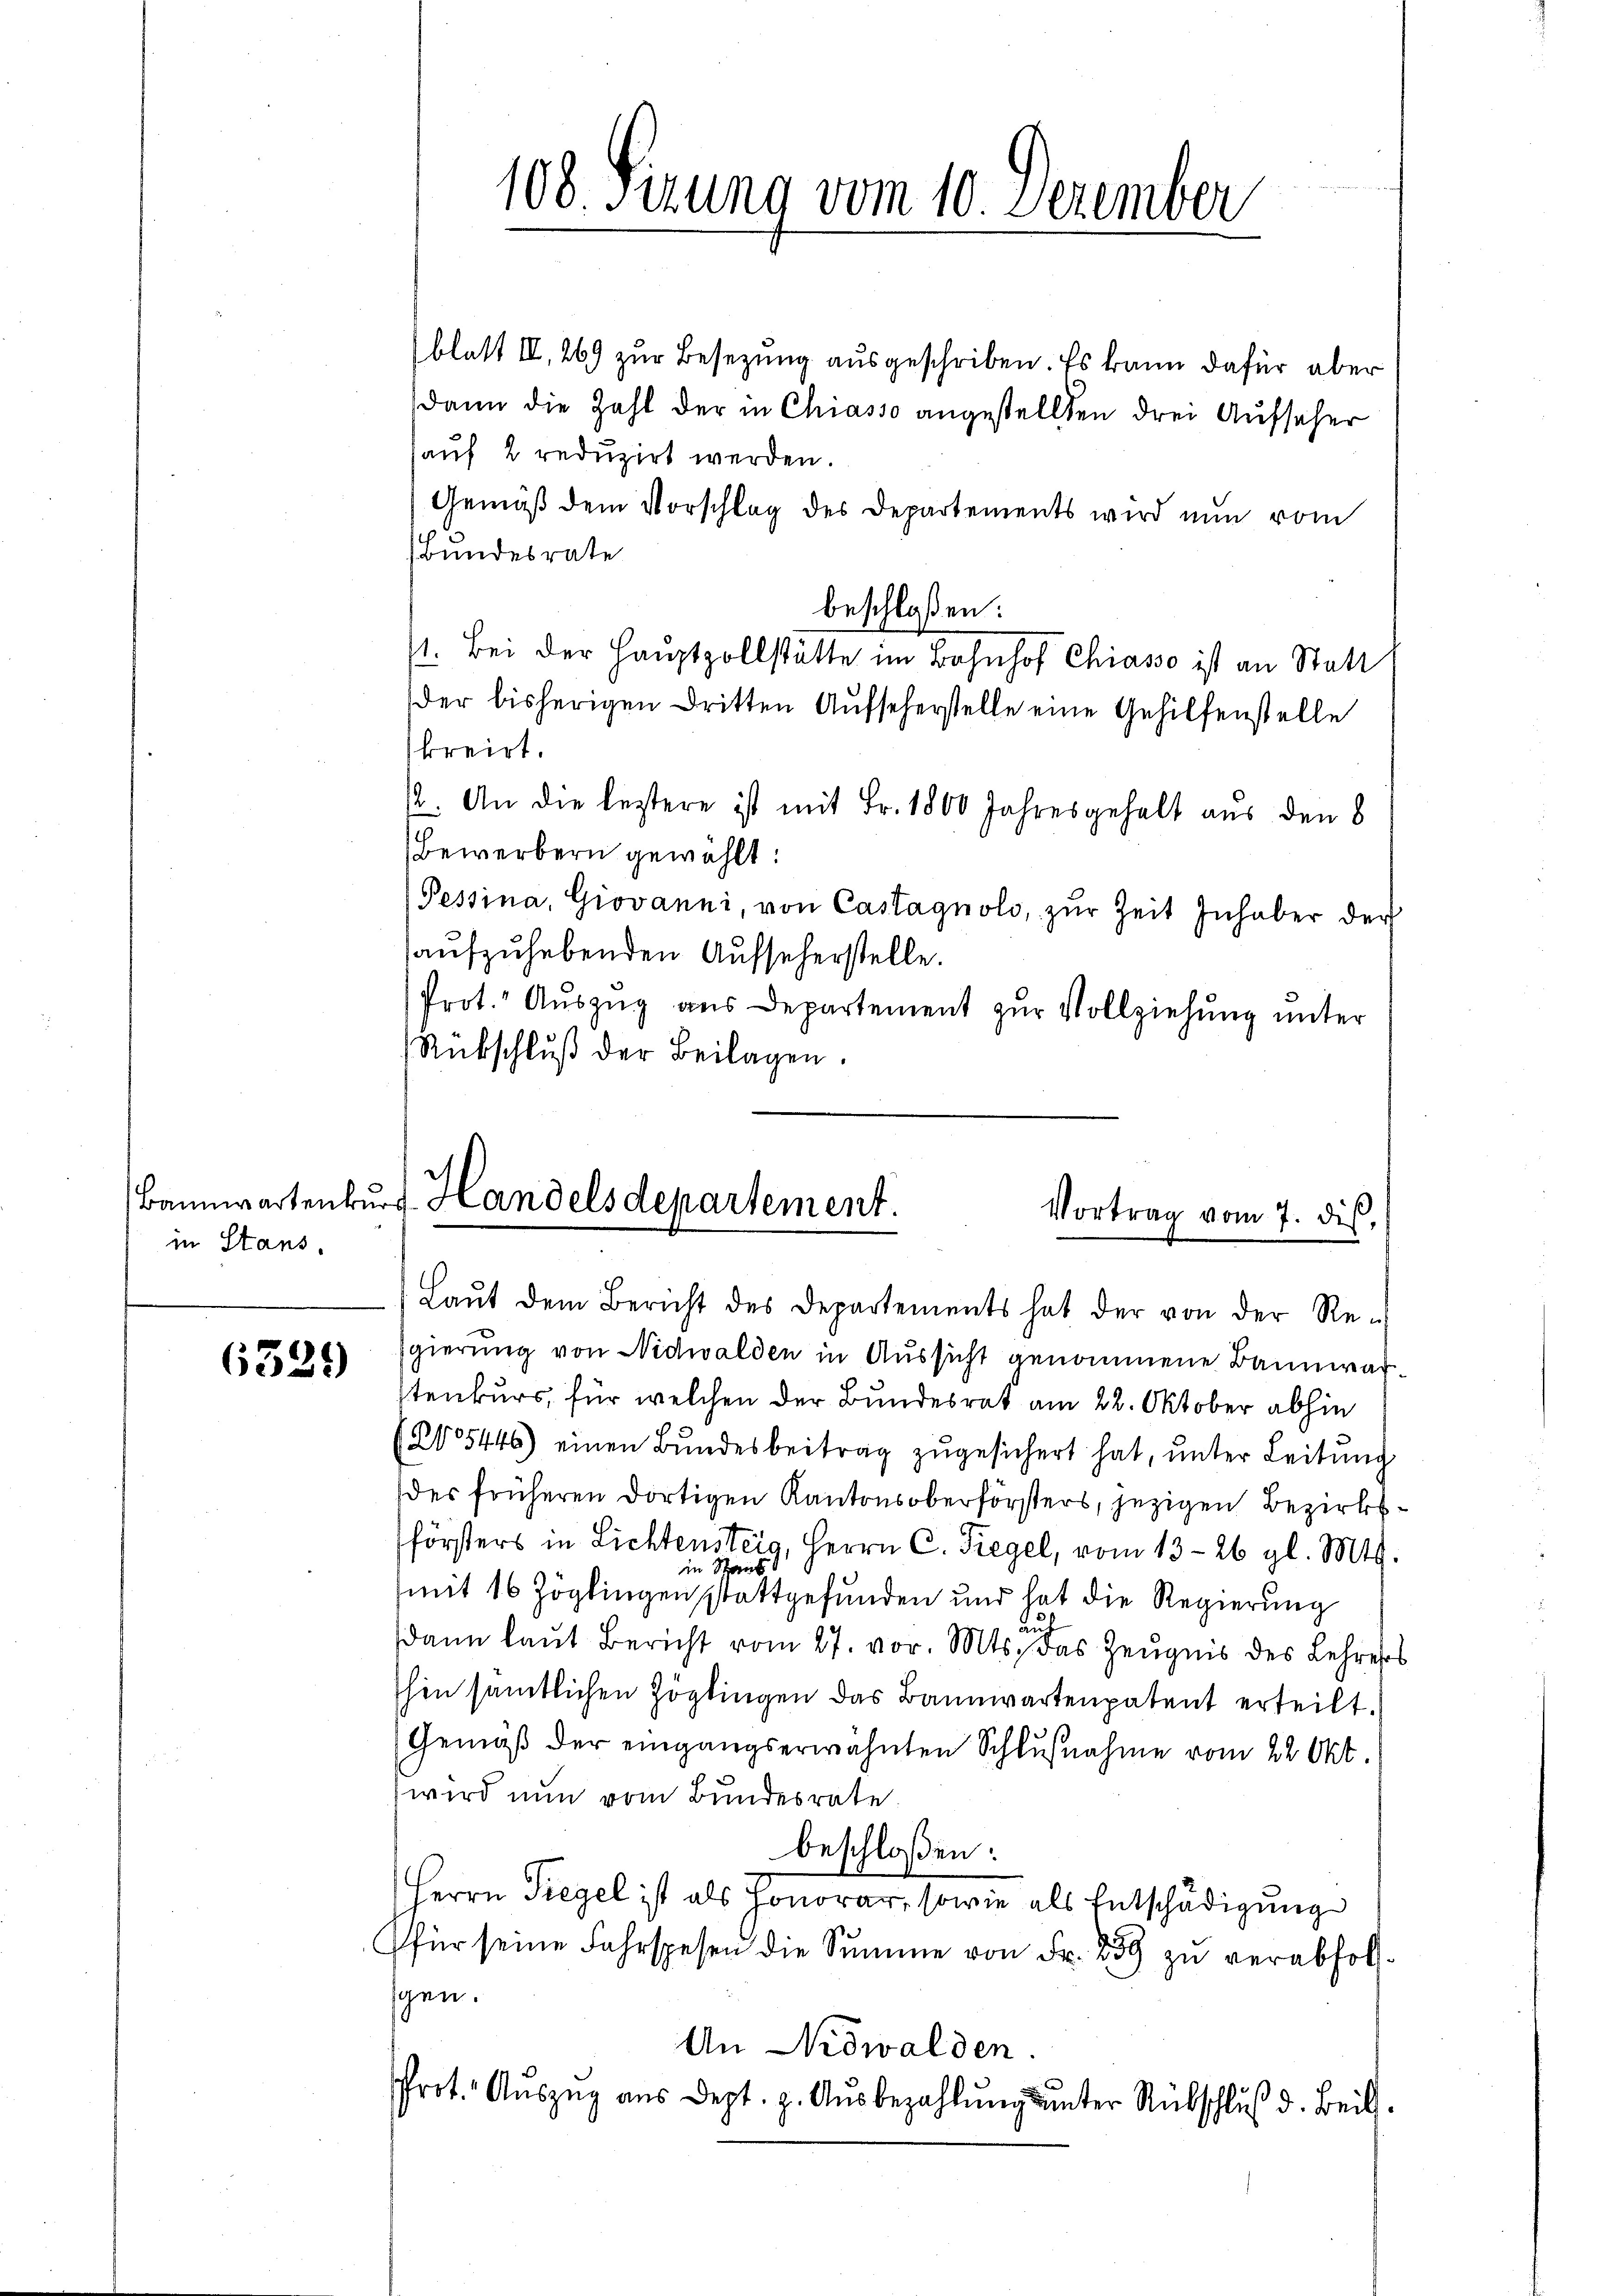
in Stans.

6329

blatt II, 269 zur Besetzung ausgeschriben. Es kann dafür aber
dann die Zahl der in Chiasso angestellten drei Aufseher
auf 2 reduzirt werden.
Gemäß dem Vorschlag des Departements wird nun vom
Bundesrate
beschloßen:
1. Bei der Hauptpollstätte im Bahnhof Chiasso ist an Statt
der bisherigen Dritten Aufseherstelle eine Gehilfenstelle
kreist.
12. An die leztere ist mit Fr. 1800 Jahresgehalt aus den 8
Bewerbern gewählt:
Pessina, Giovanni, von Castagnoli, zur Zeit Inhaber der
aufzuhebenden Aufseherstelle.
Prot. Auszug aus Departement zŭr Vollziehung unter
Rübschlŭβ der Beilagen.

108. Sitzung vom 10. Dezember

Bannwartenkŭrs Handelsdepartement.
Vortrag vom 7. dis,
Laŭt dem Bericht des Departements hat der von der Re-

gierung von Nidwalden in Aussicht genommene Bannwarstenkurs, für welchen der Bundesrat am 22. Oktober abhin
(205446) einen Bŭndesbeitrag zŭgesichert hat, ŭnter Leitŭng
der früheren dortigen Kantonsoberförsters, jezigen Bezirksförsters in Lichtensteig, Herrn C. Siegel, vom 13. 26 gl. Mts.
mit 16 Zöglingen stattgefunden und hat die Regierung
au
dann laut Bericht vom 27. vor. Mts. das Zeugnis des Lehrer
schen sämtlichen Zöglingen das Bannwartenpatent erteilt.
Gemäß der eingangserwähnten Schlußnahme vom 22 Okt.
wird nun vom Bundesrate
beschloßen:
Herrn Siegel ist als Honorar, sowie als Entschädigung
für seine Fahrspesen die Summe von Fr. 259 zu verabfolsgen.
An Nidwalden
Prot. Auszug aus Dept. p. Ausbezahlung unter Rübschluß d. Beil